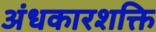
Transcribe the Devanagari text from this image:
अंधकारशक्ति